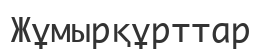
Жұмырқұрттар‎